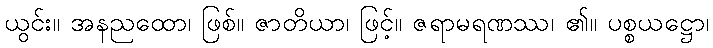
ယွင်း။ အနညထော၊ ဖြစ်။ ဇာတိယာ၊ ဖြင့်။ ဇရာမရဏဿ၊ ၏။ ပစ္စယဋ္ဌော၊